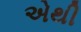
એથી